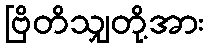
ဗြိတိသျှတို့အား